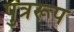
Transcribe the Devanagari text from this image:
पुत्ररूप